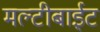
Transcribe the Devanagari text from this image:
मल्टीबाईट